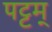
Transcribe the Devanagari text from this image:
पट्टम्